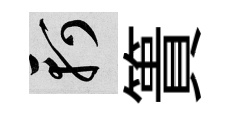
軻簣